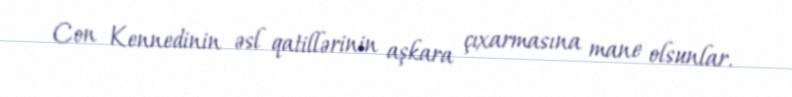
Con Kennedinin əsl qatillərinin aşkara çıxarmasına mane olsunlar.